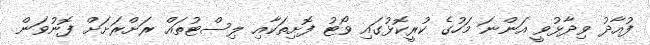
ފުއާދު ވިދާޅުވީ އަންނަ މަހުގެ ކުރީކޮޅުގައި ވޯޓު ފޮށިތަކާއި ލިސްޓުތައް ރަށްރަށަށް ފޮނުވަން